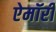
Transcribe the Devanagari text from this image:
ऐमॉरी